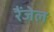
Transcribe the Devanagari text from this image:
रैंजेल